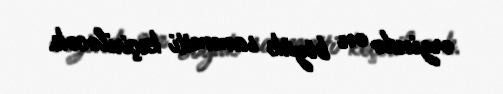
ərzində ən böyük sammiti keçiriləcək.